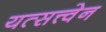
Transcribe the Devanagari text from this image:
यत्सत्त्वेन